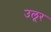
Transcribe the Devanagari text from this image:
उलूर